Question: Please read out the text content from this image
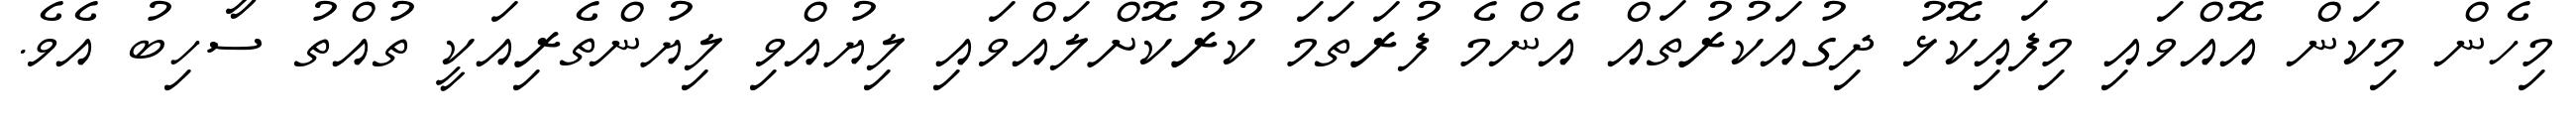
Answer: މިހެން މިކަން އޮއްވައި މިފައިކޮޅު ދިގުއަކުރުތައް އެންމެ ފުރަތަމަ ކުރުކޮށްލައްވައި ލިޔުއްވި ލިޔުންތެރިއަކީ ތުއްތު ސާހިބު އެވެ.